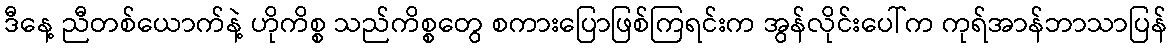
ဒီနေ့ ညီတစ်ယောက်နဲ့ ဟိုကိစ္စ သည်ကိစ္စတွေ စကားပြောဖြစ်ကြရင်းက အွန်လိုင်းပေါ်က ကုရ်အာန်ဘာသာပြန်